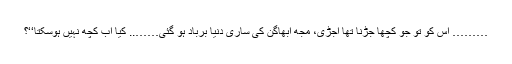
……… اس کو تو جو کچھا جڑنا تھا اُجڑی، مجھ ابھاگن کی ساری دنیا برباد ہو گئی…….. کیا اب کچھ نہیں ہوسکتا‘‘؟